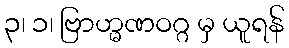
၃၊ ၁၊ ဗြာဟ္မဏဝဂ္ဂ မှ ယူရန်